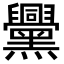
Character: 𪒵